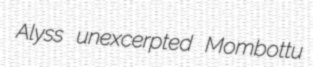
Alyss unexcerpted Mombottu